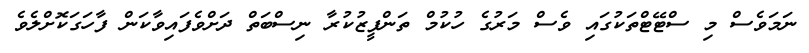
ނަމަވެސް މި ސްޓޭޓްތަކުގައި ވެސް މަރުގެ ހުކުމް ތަންފީޒުކުރާ ނިސްބަތް ދަށްވެފައިވާކަން ފާހަގަކޮށްލެވެ